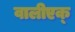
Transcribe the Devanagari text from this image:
वालीएक्